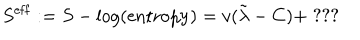
LaTeX: S ^ { \mathrm { e f f } } : = S - \log ( \mathrm { e n t r o p y } ) = v ( \tilde { \lambda } - C ) + \; ? ? ?